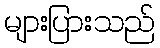
များပြားသည်